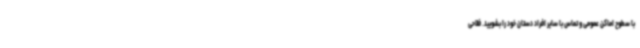
با سطوح اماکن عمومی و تماس با سایر افراد دستان خود را بشویید. فلاحی